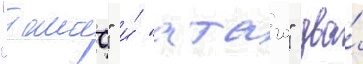
"такао" и́ "атаго" два́